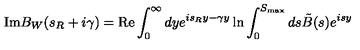
\mathrm { I m } B _ { W } ( s _ { R } + i \gamma ) = \mathrm { R e } \int _ { 0 } ^ { \infty } d y e ^ { i s _ { R } y - \gamma y } \ln { \int _ { 0 } ^ { S _ { \mathrm { m a x } } } d s \tilde { B } ( s ) e ^ { i s y } }